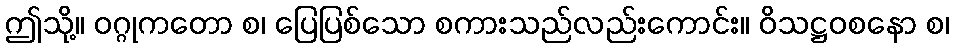
ဤသို့။ ဝဂ္ဂုကတော စ၊ ပြေပြစ်သော စကားသည်လည်းကောင်း။ ဝိသဋ္ဌဝစနော စ၊